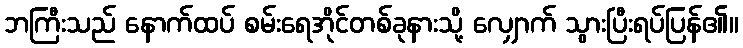
ဘကြီးသည် နောက်ထပ် စမ်းရေအိုင်တစ်ခုနားသို့ လျှောက် သွားပြီးရပ်ပြန်၏။